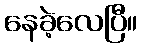
နေခဲ့လေပြီ။